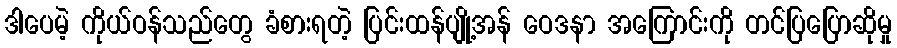
ဒါပေမဲ့ ကိုယ်ဝန်သည်တွေ ခံစားရတဲ့ ပြင်းထန်ပျို့အန် ဝေဒနာ အကြောင်းကို တင်ပြပြောဆိုမှု